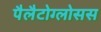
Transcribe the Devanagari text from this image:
पैलैटोग्लोसस